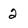
Character: 2